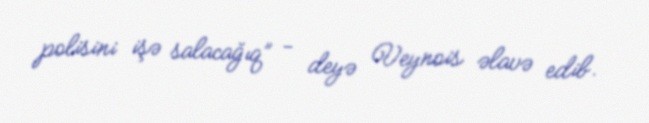
polisini işə salacağıq” - deyə Veynois əlavə edib.